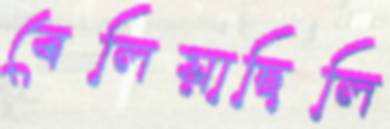
বেলিয়াছিলি